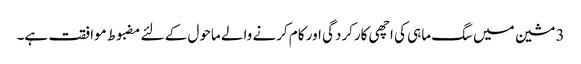
3 مشین میں سگ ماہی کی اچھی کارکردگی اور کام کرنے والے ماحول کے لئے مضبوط موافقت ہے۔